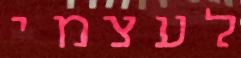
לעצמי